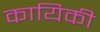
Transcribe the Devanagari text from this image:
कायिकी